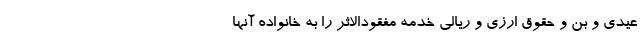
عیدی و بن و حقوق ارزی و ریالی خدمه مفقود‌الاثر را به خانواده آنها